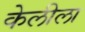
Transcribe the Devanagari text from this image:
केलीला